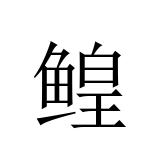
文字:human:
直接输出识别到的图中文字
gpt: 鳇